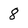
Character: 8